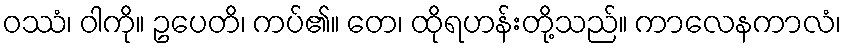
ဝဿံ၊ ဝါကို။ ဥပေတိ၊ ကပ်၏။ တေ၊ ထိုရဟန်းတို့သည်။ ကာလေနကာလံ၊